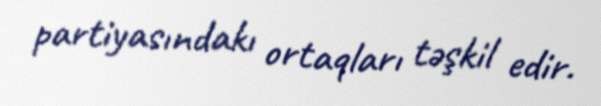
partiyasındakı ortaqları təşkil edir.